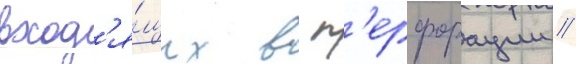
вход'я́щих в п'ерфорации /